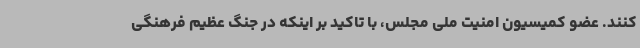
کنند. عضو کمیسیون امنیت ملی مجلس، با تاکید بر اینکه در جنگ عظیم فرهنگی